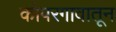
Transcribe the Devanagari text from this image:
कोपरगावातून